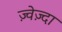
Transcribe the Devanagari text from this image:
ज़्वेज़्दा